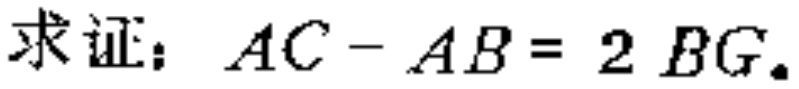
求证：\(AC - AB = 2 BG\)。